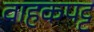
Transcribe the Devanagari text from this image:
वाहकपट्ट